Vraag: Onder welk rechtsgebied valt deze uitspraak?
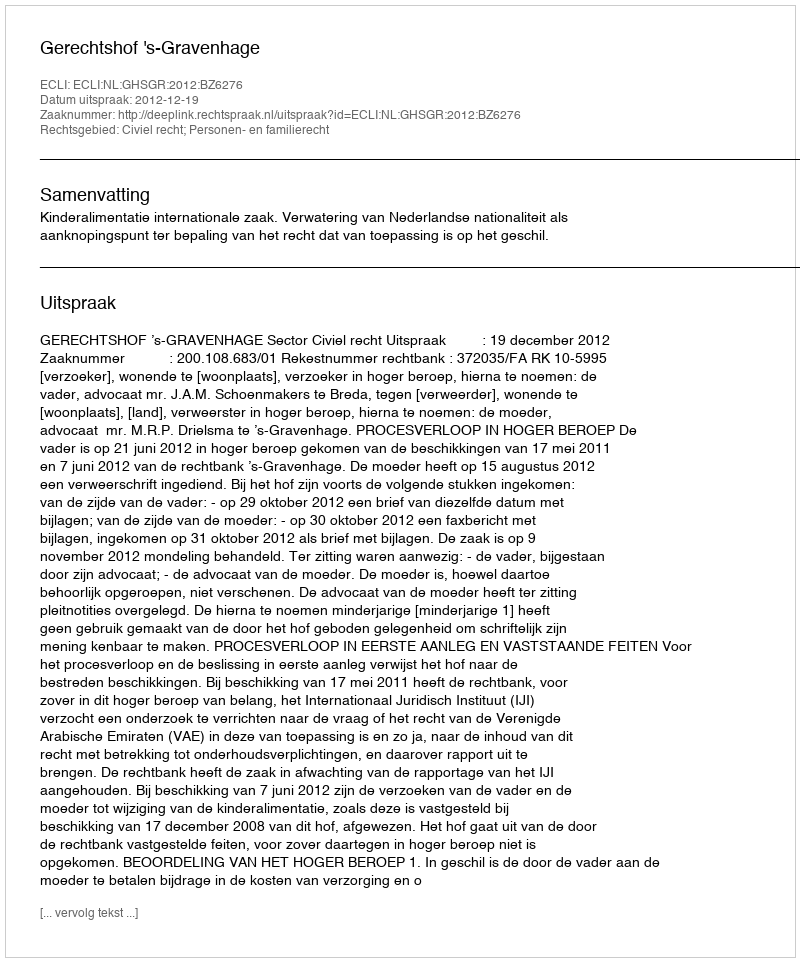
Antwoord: Civiel recht; Personen- en familierecht